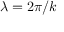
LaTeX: \lambda = 2 \pi / k